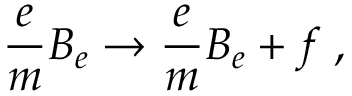
\frac { e } { m } B _ { e } \rightarrow \frac { e } { m } B _ { e } + f \; ,